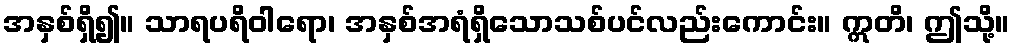
အနှစ်ရှိ၍။ သာရပရိဝါရော၊ အနှစ်အရံရှိသောသစ်ပင်လည်းကောင်း။ ဣတိ၊ ဤသို့။